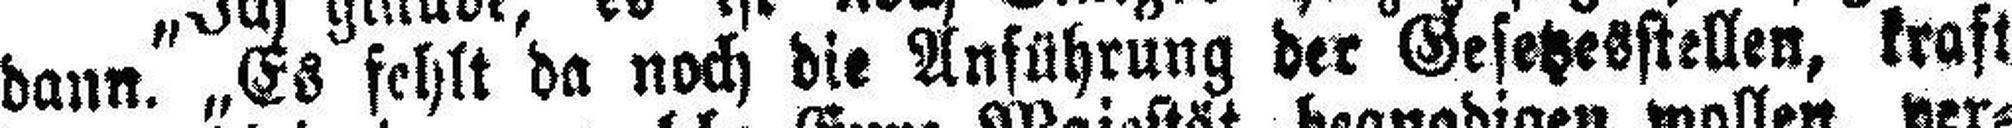
dann. „Es fehlt da noch die Anführung der Gesetzesstellen, kraft